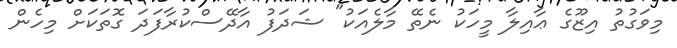
މިވަގުތު އިޒޫގެ ޢާއިލާ މީހަކު ނެތޭ މާލެއަކު" ޝަދަފު އާދޭސްކުރާފަދަ ގޮތަކަށް މިހެން